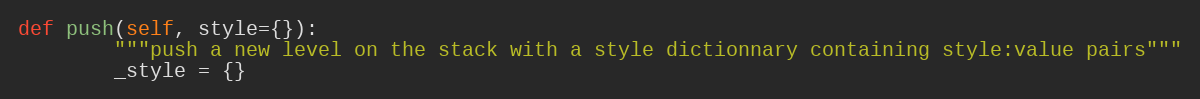
Language: Python
def push(self, style={}):
        """push a new level on the stack with a style dictionnary containing style:value pairs"""
        _style = {}